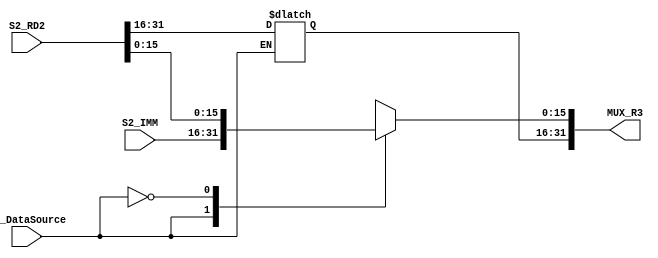
module MUX_DataSource(
    output reg [31:0] MUX_R3, 
    input             S2_DataSource,
    input [15:0]      S2_IMM,
    input [31:0]      S2_RD2
);

//S2_DataSource is select line: if 1 output imm else output S2_RD2
always @(*) begin
    case (S2_DataSource)
    1'b1 : MUX_R3[15:0] = S2_IMM;
    1'b0 : MUX_R3 = S2_RD2;
    endcase
end
endmodule